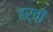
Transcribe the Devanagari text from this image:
हर्वी